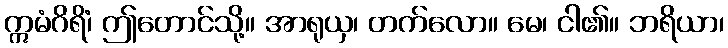
ဣမံဂိရိံ၊ ဤတောင်သို့။ အာရုယှ၊ တက်လော။ မေ၊ ငါ၏။ ဘရိယာ၊